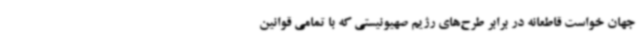
جهان خواست قاطعانه در برابر طرح‌های رژیم صهیونیستی که با تمامی قوانین